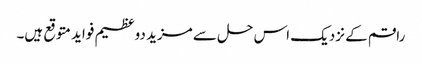
راقم کے نزدیک اس حل سے مزید دوعظیم فواید متوقع ہیں۔